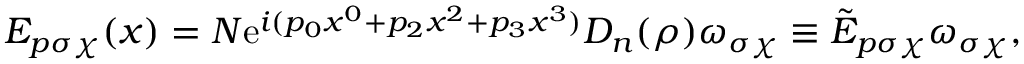
E _ { p \sigma \chi } ( x ) = N \mathrm { e } ^ { i ( p _ { 0 } x ^ { 0 } + p _ { 2 } x ^ { 2 } + p _ { 3 } x ^ { 3 } ) } D _ { n } ( \rho ) \omega _ { \sigma \chi } \equiv \tilde { E } _ { p \sigma \chi } \omega _ { \sigma \chi } ,